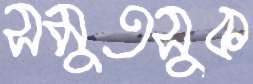
সমুতসুক